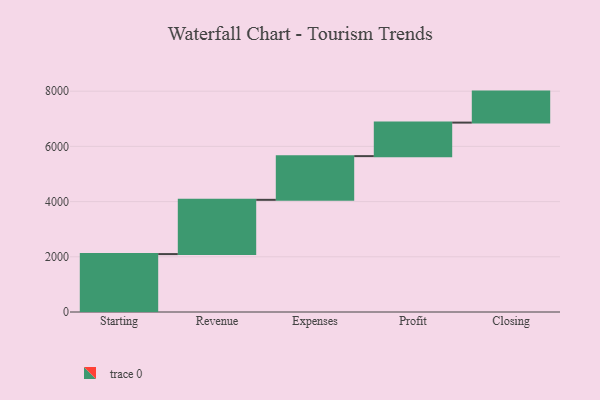
{"axis": {"x": "Step", "y": "Value"}, "legend": [""], "data": [{"x": "Starting", "y": 2098.0, "type": ""}, {"x": "Revenue", "y": 1966.0, "type": ""}, {"x": "Expenses", "y": 1583.0, "type": ""}, {"x": "Profit", "y": 1215.0, "type": ""}, {"x": "Closing", "y": 1123.0, "type": ""}]}